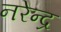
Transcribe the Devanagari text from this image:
नरेेन्द्र